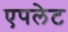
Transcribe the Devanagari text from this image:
एपलेट